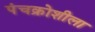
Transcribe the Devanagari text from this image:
पंचक्रोशीला